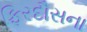
ફિરદૌસના